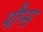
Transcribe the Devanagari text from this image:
पौप्स